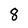
Character: 8